Reports on military cantonments and civil stations in the Presidency of Bombay inspected by the Sanitary Commissioner in the years 1875 and 1876
Year: 1875
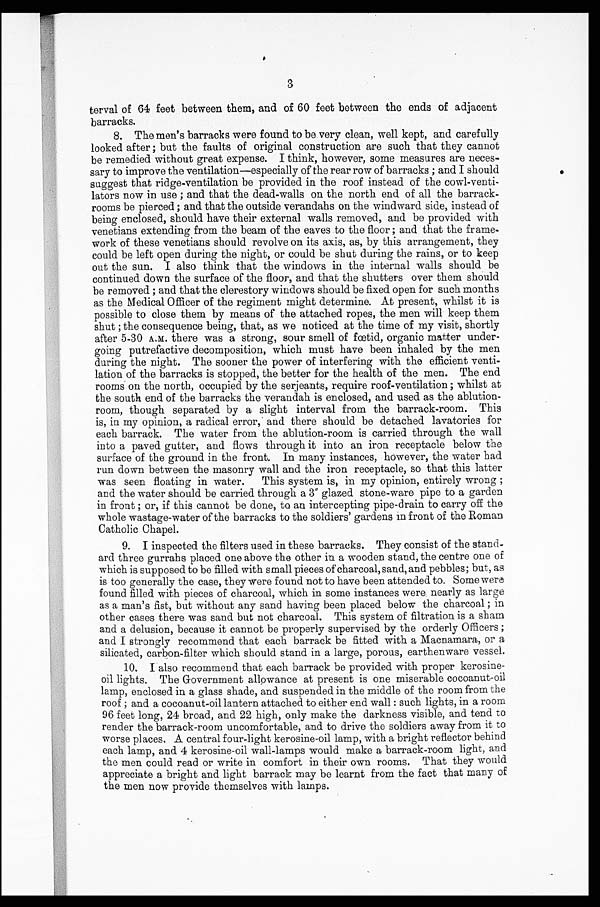
3
terval of 64 feet between them, and of 60 feet between the ends of adjacent
barracks.
8. The men's barracks were found to be very clean, well kept, and carefully
looked after; but the faults of original construction are such that they cannot
be remedied without great expense. I think, however, some measures are neces-
sary to improve the ventilation—especially of the rear row of barracks; and I should
suggest that ridge-ventilation be provided in the roof instead of the cowl-venti-
lators now in use; and that the dead-walls on the north end of all the barrack-
rooms be pierced; and that the outside verandahs on the windward side, instead of
being enclosed, should have their external walls removed, and be provided with
venetians extending from the beam of the eaves to the floor; and that the frame-
work of these venetians should revolve on its axis, as, by this arrangement, they
could be left open during the night, or could be shut during the rains, or to keep
out the sun. I also think that the windows in the internal walls should be
continued down the surface of the floor, and that the shutters over them should
be removed; and that the clerestory windows should be fixed open for such months
as the Medical Officer of the regiment might determine. At present, whilst it is
possible to close them by means of the attached ropes, the men will keep them
shut; the consequence being, that, as we noticed at the time of my visit, shortly
after 5-30 A.M. there was a strong, sour smell of fœtid, organic matter under-
going putrefactive decomposition, which must have been inhaled by the men
during the night. The sooner the power of interfering with the efficient venti-
lation of the barracks is stopped, the better for the health of the men. The end
rooms on the north, occupied by the serjeants, require roof-ventilation; whilst at
the south end of the barracks the verandah is enclosed, and used as the ablution-
room, though separated by a slight interval from the barrack-room. This
is, in my opinion, a radical error, and there should be detached lavatories for
each barrack. The water from the ablution-room is carried through the wall
into a paved gutter, and flows through it into an iron receptacle below the
surface of the ground in the front. In many instances, however, the water bad
run down between the masonry wall and the iron receptacle, so that this latter
was seen floating in water. This system is, in my opinion, entirely wrong;
and the water should be carried through a 3" glazed stone-ware pipe to a garden
in front; or, if this cannot be done, to an intercepting pipe-drain to carry off the
whole wastage-water of the barracks to the soldiers' gardens in front of the Roman
Catholic Chapel.
9. I inspected the filters used in these barracks. They consist of the stand
- a r d t h r e e g u r r a h s p l a c e d o n e a b o v e t h e o t h e r i n a w o o d e n s t a n d , t h e c e n t r e o n e o f
which is supposed to be filled with small pieces of charcoal, sand, and pebbles; but, as
is too generally the case, they were found not to have been attended to. Some wera
found filled with pieces of charcoal, which in some instances were nearly as large
as a man's fist, but without any sand having been placed below the charcoal; in
other cases there was sand but not charcoal. This system of filtration is a sham
and a delusion, because it cannot be properly supervised by the orderly Officers;
and I strongly recommend that each barrack be fitted with a Macnamara, or a
silicated, carbon-filter which should stand in a large, porous, earthenware vessel.
10. I also recommend that each barrack be provided with proper kerosine-
oil lights. The Government allowance at present is one miserable cocoanut-oil
lamp, enclosed in a glass shade, and suspended in the middle of the room from the
roof ; and a cocoanut-oil lantern attached to either end wall : such lights, in a room
96 feet long, 24 broad, and 22 high, only make the darkness visible, and tend to
render the barrack-room uncomfortable, and to drive the soldiers away from it to
worse places. A central four-light kerosine-oil lamp, with a bright reflector behind
each lamp, and 4 kerosine-oil wall-lamps would make a barrack-room light, and
the men could read or write in comfort in their own rooms. That they would
appreciate a bright and light barrack may be learnt from the fact that many of
the men now provide themselves with lamps.